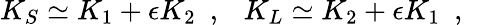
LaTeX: K_{S}\simeq K_{1}+\epsilon K_{2}~~,~~~K_{L}\simeq K_{2}+\epsilon K_{1}~~,~~~